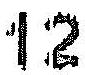
12